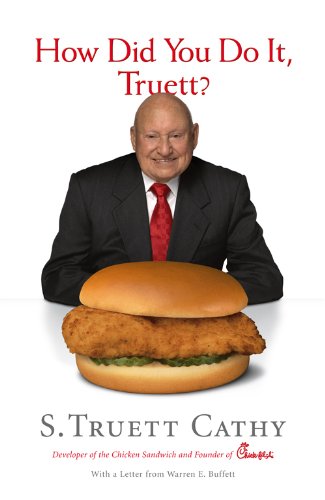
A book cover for How Did You Do It, Truett?: A Recipe for Success; S. Truett Cathy; Business & Money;